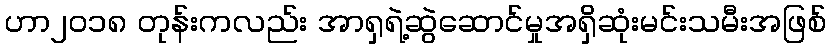
ဟာ၂၀၁၈ တုန်းကလည်း အာရှရဲ့ဆွဲဆောင်မှုအရှိဆုံးမင်းသမီးအဖြစ်